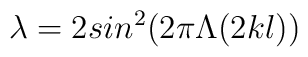
\lambda=2 sin^2\bigl (2\pi \Lambda(2kl)\bigr )